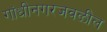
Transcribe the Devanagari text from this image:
गांधीनगरजवळील